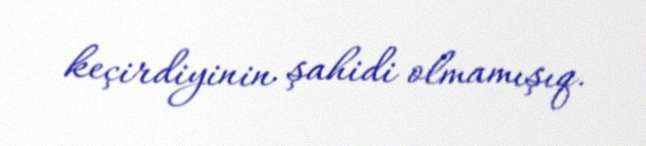
keçirdiyinin şahidi olmamışıq.